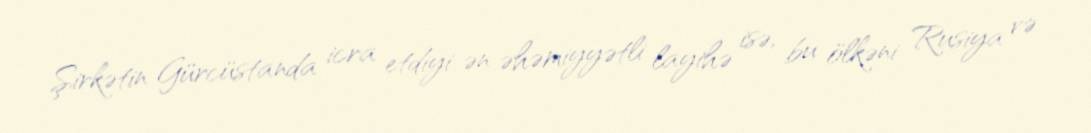
Şirkətin Gürcüstanda icra etdiyi ən əhəmiyyətli layihə isə, bu ölkəni Rusiya və